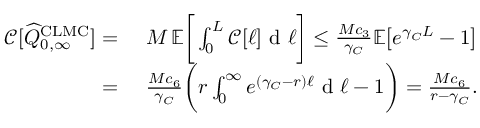
\begin{array} { r l } { { \mathcal { C } } [ \widehat { Q } _ { 0 , \infty } ^ { \mathrm { C L M C } } ] = } & { \ M \, { \mathbb { E } } \bigg [ \int _ { 0 } ^ { L } { \mathcal { C } } [ \ell ] \textup { d } \ell \bigg ] \leq \frac { M c _ { 3 } } { \gamma _ { C } } { \mathbb { E } } \big [ e ^ { \gamma _ { C } L } - 1 \big ] } \\ { = } & { \ \frac { M c _ { 6 } } { \gamma _ { C } } \bigg ( r \int _ { 0 } ^ { \infty } e ^ { ( \gamma _ { C } - r ) \ell } \textup { d } \ell - 1 \bigg ) = \frac { M c _ { 6 } } { r - \gamma _ { C } } . } \end{array}